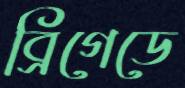
ব্রিগেডে